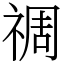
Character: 禂